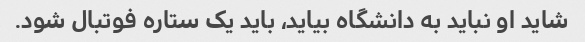
شاید او نباید به دانشگاه بیاید، باید یک ستاره فوتبال شود.